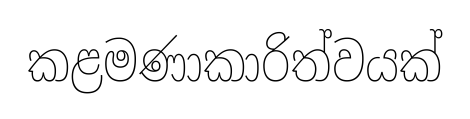
කළමණාකාරිත්වයක්